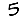
Digit: 5